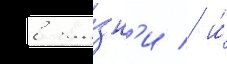
в жи́зн'и / и́